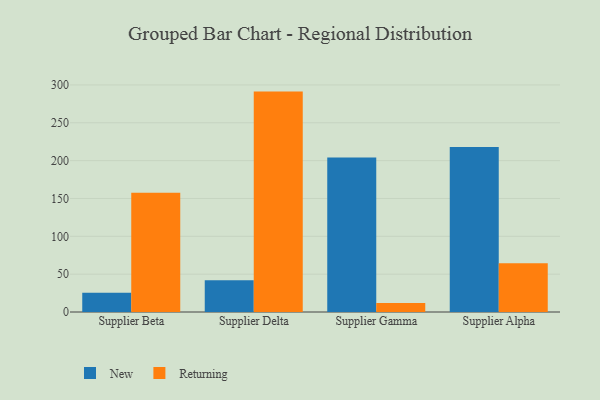
{"axis": {"x": "Supplier", "y": "Latency (ms)"}, "legend": ["New", "Returning"], "data": [{"x": "Supplier Beta", "y": 25.5, "type": "New"}, {"x": "Supplier Beta", "y": 157.6, "type": "Returning"}, {"x": "Supplier Delta", "y": 42.0, "type": "New"}, {"x": "Supplier Delta", "y": 291.2, "type": "Returning"}, {"x": "Supplier Gamma", "y": 204.2, "type": "New"}, {"x": "Supplier Gamma", "y": 11.9, "type": "Returning"}, {"x": "Supplier Alpha", "y": 218.1, "type": "New"}, {"x": "Supplier Alpha", "y": 64.3, "type": "Returning"}]}